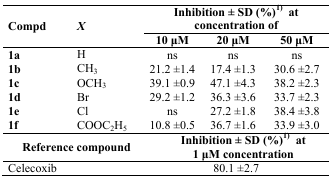
| <ROWSPAN=2> Compd | <ROWSPAN=2> X | <COLSPAN=3> Inhibition ± SD (%)1) at concentration of |
 | 10 μM | 20 μM | 50 μM |
 | --- | --- | --- | --- | --- |
 | 1a | H | ns | ns | ns |
 | 1b | CH3 | 21.2 ±1.4 | 17.4 ±1.3 | 30.6 ±2.7 |
 | 1c | OCH3 | 39.1 ±0.9 | 47.1 ±4.3 | 38.2 ±2.3 |
 | 1d | Br | 29.2 ±1.2 | 36.3 ±3.6 | 33.7 ±2.3 |
 | 1e | Cl | ns | 27.2 ±1.8 | 38.4 ±3.8 |
 | 1f | COOC2H5 | 10.8 ±0.5 | 36.7 ±1.6 | 33.9 ±3.0 |
 | <COLSPAN=2> Reference compound | <COLSPAN=3> Inhibition ± SD (%)1) at 1 μM concentration |
 | <COLSPAN=2> Celecoxib | <COLSPAN=3> 80.1 ±2.7 |